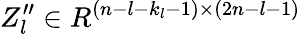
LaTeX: Z_{l}^{\prime\prime}\in R^{(n-l-k_{l}-1)\times(2n-l-1)}